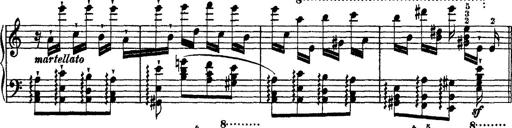
Title: Ã‰tudes d'exÃ©cution transcendante d'aprÃ¨s Paganini
Composer: Franz Liszt